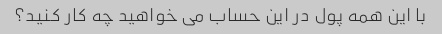
با این همه پول در این حساب می خواهید چه کار کنید؟